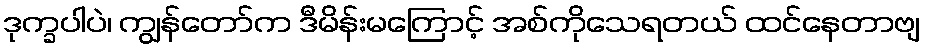
ဒုက္ခပါပဲ၊ ကျွန်တော်က ဒီမိန်းမကြောင့် အစ်ကိုသေရတယ် ထင်နေတာဗျ